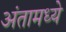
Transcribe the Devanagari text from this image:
अंतामध्ये